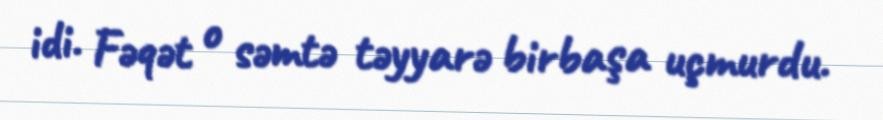
idi. Fəqət o səmtə təyyarə birbaşa uçmurdu.